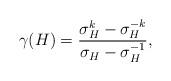
LaTeX: \begin{align*}\gamma(H) = \frac{\sigma_H^k - \sigma_H^{-k}}{\sigma_H - \sigma_H^{-1}},\end{align*}